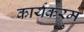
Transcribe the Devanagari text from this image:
कार्यकरम